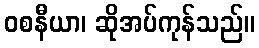
ဝစနီယာ၊ ဆိုအပ်ကုန်သည်။